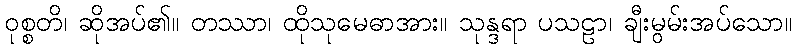
ဝုစ္စတိ၊ ဆိုအပ်၏။ တဿာ၊ ထိုသုမေဓာအား။ သုန္ဒရာ ပသဠာ၊ ချီးမွမ်းအပ်သော။